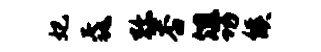
妃毳弥杏俎功候